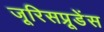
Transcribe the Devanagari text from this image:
जूरिसप्रूडेंस